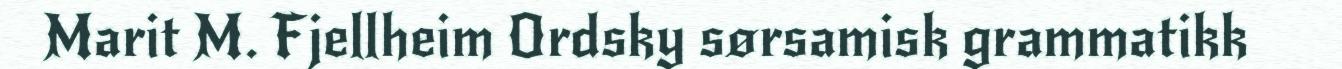
Marit M. Fjellheim Ordsky sørsamisk grammatikk